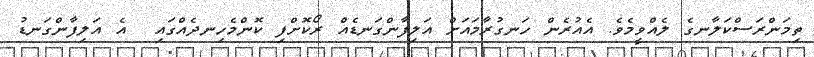
ތިމަންރަސްކަލާނގެ ލެއްވީމެވެ. އެއުރެން ހަނގުރާމައަށް އަލިފާންގަނޑެއް ރޯކޮށްފި ކޮންމެހިނދެއްގައި  އެ އަލިފާންގަނޑު